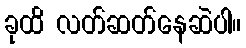
ခုထိ လတ်ဆတ်နေဆဲပါ။